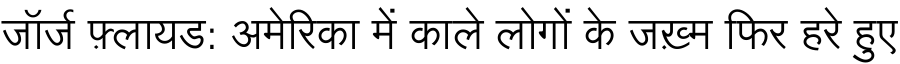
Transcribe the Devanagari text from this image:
जॉर्ज फ़्लायड: अमेरिका में काले लोगों के जख़्म फिर हरे हुए